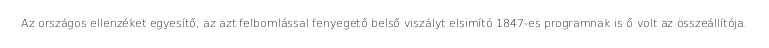
Az országos ellenzéket egyesítő, az azt felbomlással fenyegető belső viszályt elsimító 1847-es programnak is ő volt az összeállítója.